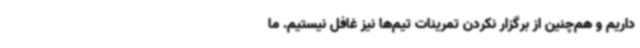
داریم و هم‌چنین از برگزار نکردن تمرینات تیم‌ها نیز غافل نیستیم. ما